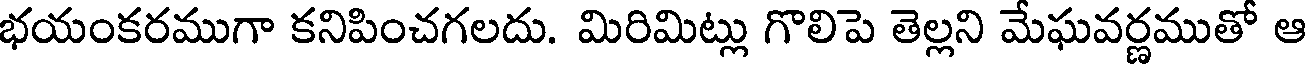
భయంకరముగా కనిపించగలదు. మిరిమిట్లు గొలిపె తెల్లని మేఘవర్ణముతో ఆ